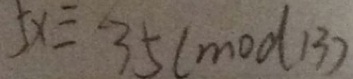
5 x \equiv 3 5 ( m o d 1 3 )